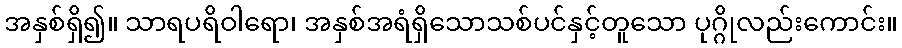
အနှစ်ရှိ၍။ သာရပရိဝါရော၊ အနှစ်အရံရှိသောသစ်ပင်နှင့်တူသော ပုဂ္ဂိုလည်းကောင်း။